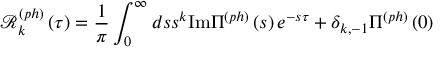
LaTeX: \mathcal { R } _ { k } ^ { \left( p h \right) } \left( \tau \right) = \frac { 1 } { \pi } \int _ { 0 } ^ { \infty } d s s ^ { k } \mathrm { I m } \Pi ^ { \left( p h \right) } \left( s \right) e ^ { - s \tau } + \delta _ { k , - 1 } \Pi ^ { \left( p h \right) } \left( 0 \right)